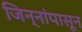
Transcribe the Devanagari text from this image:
जिन्नांपासून